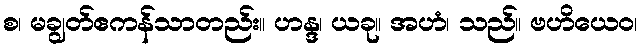
စ၊ မချွတ်ဧကန်သာတည်း။ ဟန္ဒ၊ ယခု။ အဟံ၊ သည်။ ဗဟိယေဝ၊